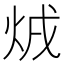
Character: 𤇳